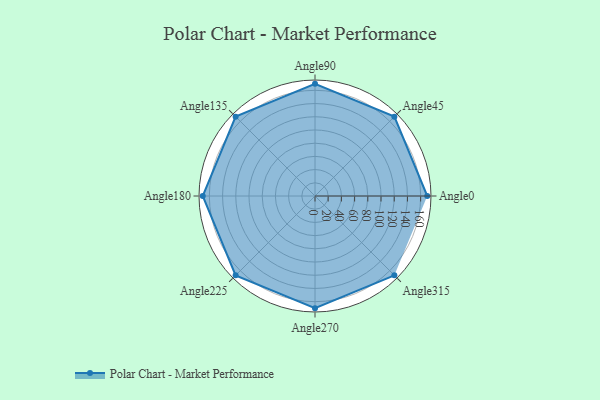
{"axis": {"x": "Angle", "y": "Radius"}, "legend": [""], "data": [{"x": "Angle0", "y": 170.0, "type": ""}, {"x": "Angle45", "y": 170, "type": ""}, {"x": "Angle90", "y": 170, "type": ""}, {"x": "Angle135", "y": 170, "type": ""}, {"x": "Angle180", "y": 170, "type": ""}, {"x": "Angle225", "y": 170, "type": ""}, {"x": "Angle270", "y": 170, "type": ""}, {"x": "Angle315", "y": 170, "type": ""}]}